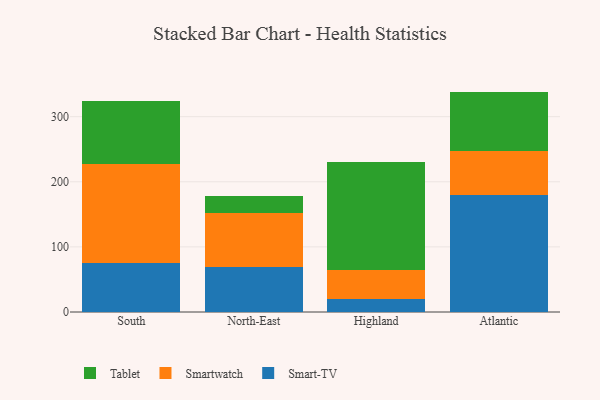
{"axis": {"x": "Region", "y": "Market Share (%)"}, "legend": ["Smart-TV", "Smartwatch", "Tablet"], "data": [{"x": "South", "y": 75.3, "type": "Smart-TV"}, {"x": "South", "y": 152.4, "type": "Smartwatch"}, {"x": "South", "y": 96.1, "type": "Tablet"}, {"x": "North-East", "y": 69.5, "type": "Smart-TV"}, {"x": "North-East", "y": 82.0, "type": "Smartwatch"}, {"x": "North-East", "y": 26.5, "type": "Tablet"}, {"x": "Highland", "y": 20.3, "type": "Smart-TV"}, {"x": "Highland", "y": 43.6, "type": "Smartwatch"}, {"x": "Highland", "y": 166.1, "type": "Tablet"}, {"x": "Atlantic", "y": 179.1, "type": "Smart-TV"}, {"x": "Atlantic", "y": 67.7, "type": "Smartwatch"}, {"x": "Atlantic", "y": 91.7, "type": "Tablet"}]}